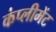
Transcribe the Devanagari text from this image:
कंप्लीमेंट